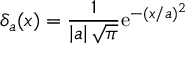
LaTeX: \delta _ { a } ( x ) = { \frac { 1 } { \left| a \right| { \sqrt { \pi } } } } \mathrm { e } ^ { - ( x / a ) ^ { 2 } }